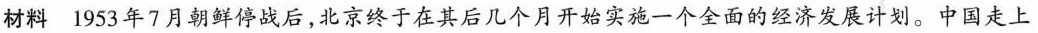
材料1953年7月朝鲜停战后，北京终于在其后几个月开始实施一个全面的经济发展计划。中国走上